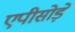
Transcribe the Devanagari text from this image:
एपीसोड़े